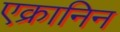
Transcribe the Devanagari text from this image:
एक्रानिन